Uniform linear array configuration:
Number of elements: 64
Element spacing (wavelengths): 0.5
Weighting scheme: exponential
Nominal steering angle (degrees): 60
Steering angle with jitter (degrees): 60.244
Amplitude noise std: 0.05
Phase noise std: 0.05

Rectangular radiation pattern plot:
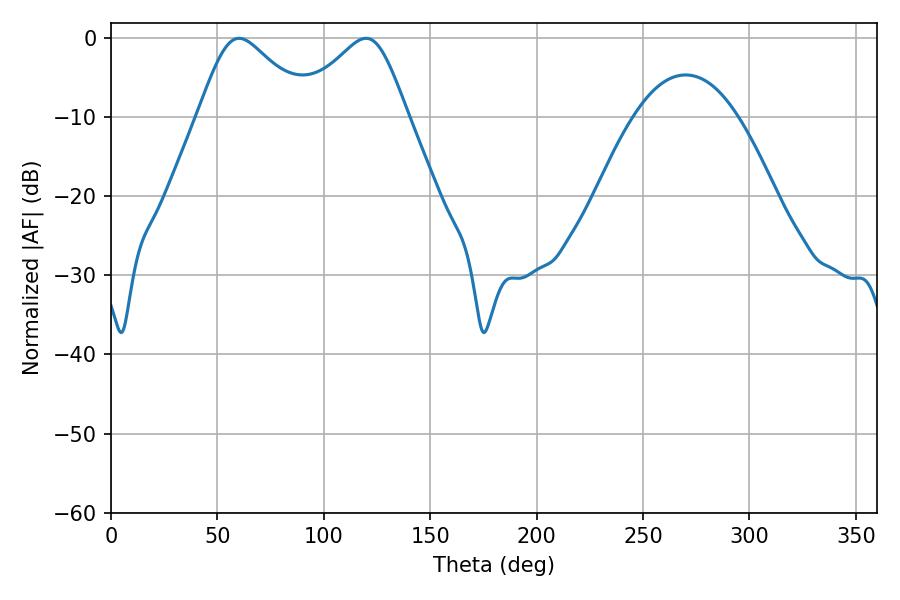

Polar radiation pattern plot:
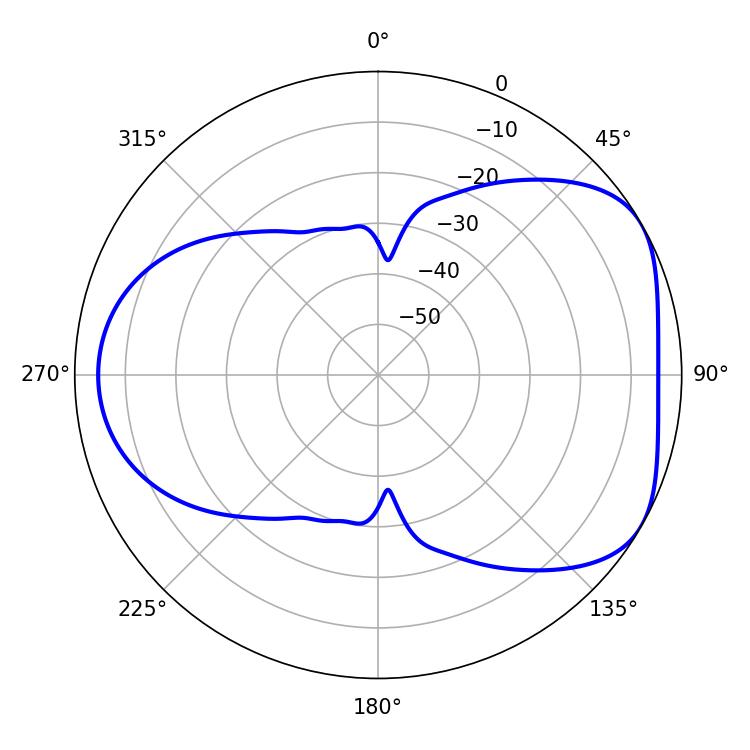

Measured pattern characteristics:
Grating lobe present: FALSE
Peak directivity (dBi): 4.791
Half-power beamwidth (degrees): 25.74
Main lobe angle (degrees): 60.12